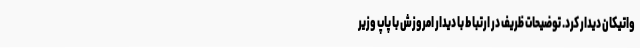
واتیکان دیدار کرد. توضیحات ظریف در ارتباط با دیدار امروزش با پاپ وزیر